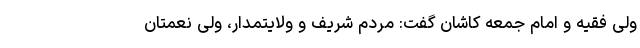
ولی فقیه و امام جمعه کاشان گفت: مردم شریف و ولایتمدار، ولی نعمتان